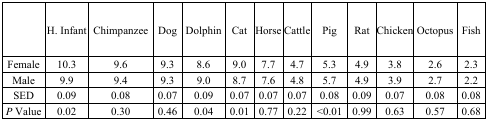
|  | H. Infant | Chimpanzee | Dog | Dolphin | Cat | Horse | Cattle | Pig | Rat | Chicken | Octopus | Fish |
 | --- | --- | --- | --- | --- | --- | --- | --- | --- | --- | --- | --- | --- |
 | Female | 10.3 | 9.6 | 9.3 | 8.6 | 9.0 | 7.7 | 4.7 | 5.3 | 4.9 | 3.8 | 2.6 | 2.3 |
 | Male | 9.9 | 9.4 | 9.3 | 9.0 | 8.7 | 7.6 | 4.8 | 5.7 | 4.9 | 3.9 | 2.7 | 2.2 |
 | SED | 0.09 | 0.08 | 0.07 | 0.09 | 0.07 | 0.07 | 0.07 | 0.08 | 0.09 | 0.07 | 0.08 | 0.08 |
 | P Value | 0.02 | 0.30 | 0.46 | 0.04 | 0.01 | 0.77 | 0.22 | <0.01 | 0.99 | 0.63 | 0.57 | 0.68 |